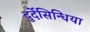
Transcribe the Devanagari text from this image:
दुर्देसिन्धिया